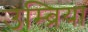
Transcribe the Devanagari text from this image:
उम्ब्रिया